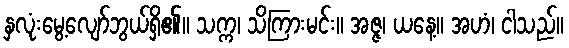
နှလုံးမွေ့လျော်ဘွယ်ရှိ၏။ သက္က၊ သိကြားမင်း။ အဇ္ဇ၊ ယနေ့။ အဟံ၊ ငါသည်။